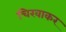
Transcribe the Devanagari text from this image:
चिरवाकर